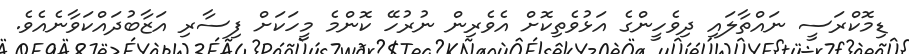
ޑިމޮކްރަސީ ނައްތާލައި ދިވެހީންގެ އަޅުވެތިކޮށް އެވެރިން ނުރުހޭ ކޮންމެ މީހަކަށް ފިސާރި އަޒާބުދައްކަވާނެއެވެ.